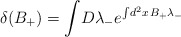
\begin{align*}\delta(B_{+}) =\int \! D \lambda_{-} e^{\int \! d^2 x\, B_{+} \lambda_{-}}\end{align*}